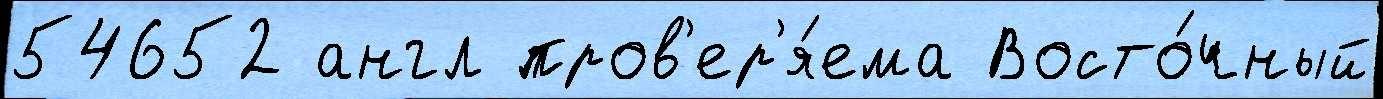
54652 англ пров'ер'я́ема Восто́чный